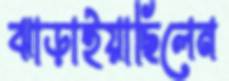
ঝাড়াইয়াছিলেন